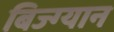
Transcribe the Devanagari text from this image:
बिज्ग्यान